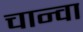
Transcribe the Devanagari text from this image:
चान्वा